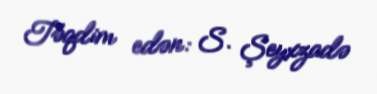
Təqdim edən: S. Şeyxzadə